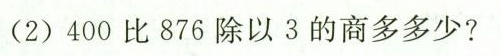
(2)400比876除以3的商多多少?